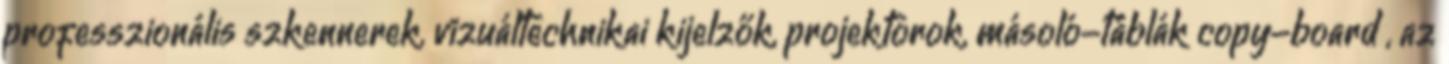
professzionális szkennerek, vizuáltechnikai kijelzők, projektorok, másoló-táblák copy-board , az